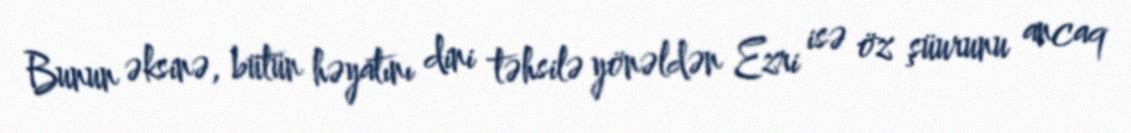
Bunun əksinə, bütün həyatını dini təhsilə yönəldən Ezri isə öz şüurunu ancaq